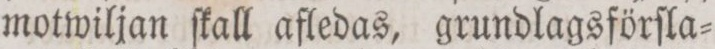
motwiljan ſkall afledas, grundlagsförſla=